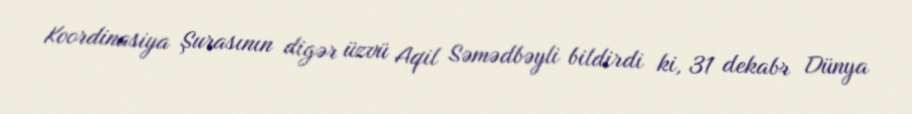
Koordinasiya Şurasının digər üzvü Aqil Səmədbəyli bildirdi ki, 31 dekabr Dünya